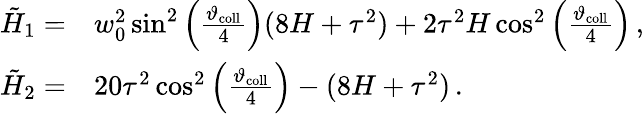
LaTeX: \begin{array}{rl}{\tilde{H}_{1}=}&{{}w_{0}^{2}\sin^{2}\left(\frac{\vartheta_{\mathrm{coll}}}{4}\right)(8H+\tau^{2})+2\tau^{2}H\cos^{2}\left(\frac{\vartheta_{\mathrm{coll}}}{4}\right)\, ,}\\ {\tilde{H}_{2}=}&{{}20\tau^{2}\cos^{2}\left(\frac{\vartheta_{\mathrm{coll}}}{4}\right)-(8H+\tau^{2})\, .}\end{array}